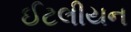
ઈટલીયન